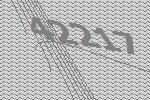
42217